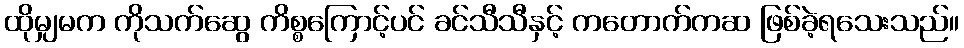
ထိုမျှမက ကိုသက်ဆွေ ကိစ္စကြောင့်ပင် ခင်သီသီနှင့် ကတောက်ကဆ ဖြစ်ခဲ့ရသေးသည်။